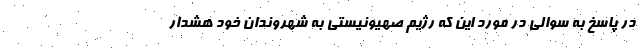
در پاسخ به سوالی در مورد این که رژیم صهیونیستی به شهروندان خود هشدار